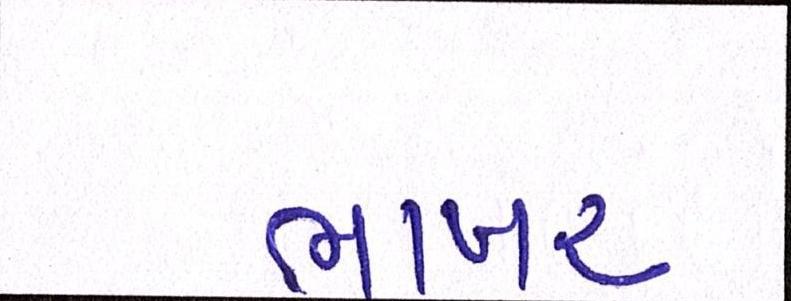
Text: ભાખર